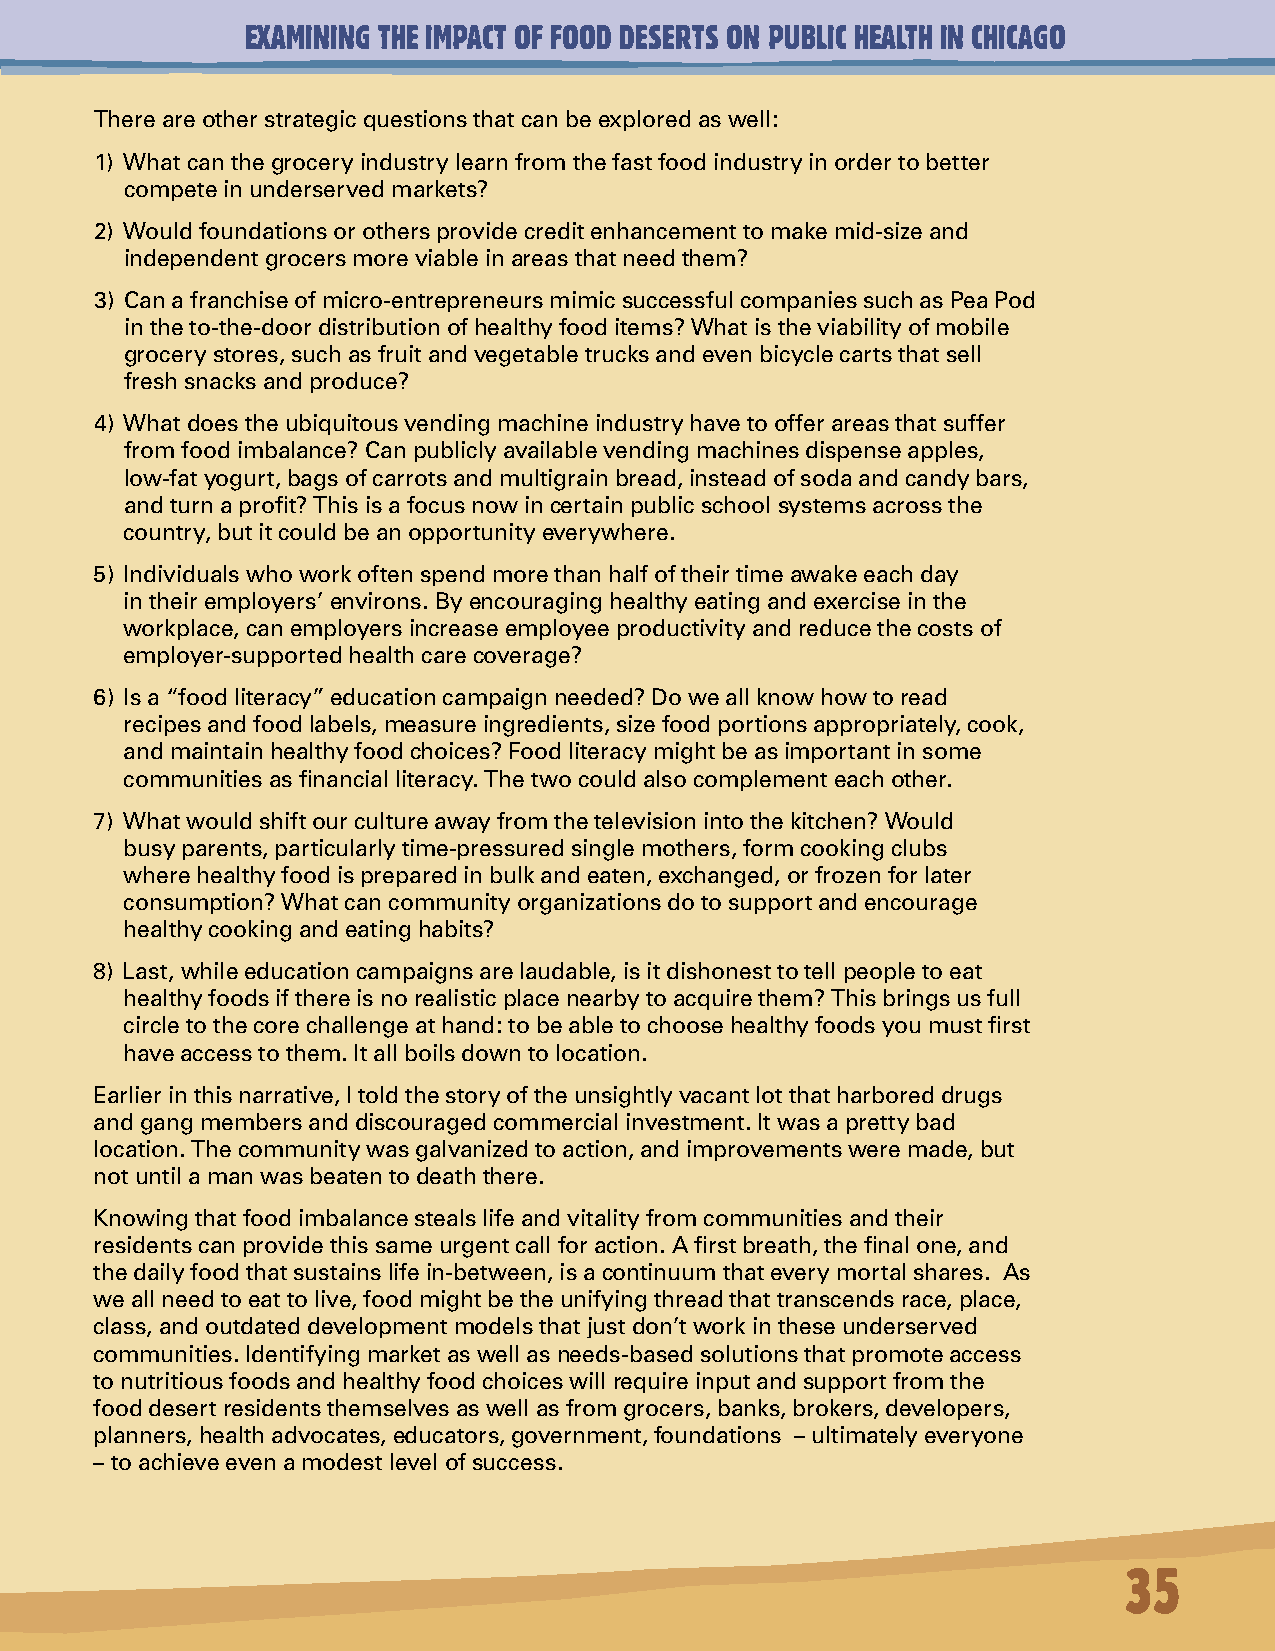
EXAMINING THE IMPACT OF FOOD DESERTS ON PUBLIC HEALTH IN CHICAGO
 There are other strategic questions that can be explored as well:
 1) What can the grocery industry learn from the fast food industry in order to better
 compete in underserved markets?
 2) Would foundations or others provide credit enhancement to make mid-size and
 independent grocers more viable in areas that need them?
 3) Can a franchise of micro-entrepreneurs mimic successful companies such as Pea Pod
 in the to-the-door distribution of healthy food items? What is the viability of mobile
 grocery stores, such as fruit and vegetable trucks and even bicycle carts that sell
 fresh snacks and produce?
 4) What does the ubiquitous vending machine industry have to offer areas that suffer
 from food imbalance? Can publicly available vending machines dispense apples,
 low-fat yogurt, bags of carrots and multigrain bread, instead of soda and candy bars,
 and turn a profit? This is a focus now in certain public school systems across the
 country, but it could be an opportunity everywhere.
 5) Individuals who work often spend more than half of their time awake each day
 in their employers’ environs. By encouraging healthy eating and exercise in the
 workplace, can employers increase employee productivity and reduce the costs of
 employer-supported health care coverage?
 6) Is a “food literacy” education campaign needed? Do we all know how to read
 recipes and food labels, measure ingredients, size food portions appropriately, cook,
 and maintain healthy food choices? Food literacy might be as important in some
 communities as financial literacy. The two could also complement each other.
 7) What would shift our culture away from the television into the kitchen? Would
 busy parents, particularly time-pressured single mothers, form cooking clubs
 where healthy food is prepared in bulk and eaten, exchanged, or frozen for later
 consumption? What can community organizations do to support and encourage
 healthy cooking and eating habits?
 8) Last, while education campaigns are laudable, is it dishonest to tell people to eat
 healthy foods if there is no realistic place nearby to acquire them? This brings us full
 circle to the core challenge at hand: to be able to choose healthy foods you must first
 have access to them. It all boils down to location.
 Earlier in this narrative, I told the story of the unsightly vacant lot that harbored drugs
 and gang members and discouraged commercial investment. It was a pretty bad
 location. The community was galvanized to action, and improvements were made, but
 not until a man was beaten to death there.
 Knowing that food imbalance steals life and vitality from communities and their
 residents can provide this same urgent call for action. A first breath, the final one, and
 the daily food that sustains life in-between, is a continuum that every mortal shares. As
 we all need to eat to live, food might be the unifying thread that transcends race, place,
 class, and outdated development models that just don’t work in these underserved
 communities. Identifying market as well as needs-based solutions that promote access
 to nutritious foods and healthy food choices will require input and support from the
 food desert residents themselves as well as from grocers, banks, brokers, developers,
 planners, health advocates, educators, government, foundations – ultimately everyone
 – to achieve even a modest level of success.
 35